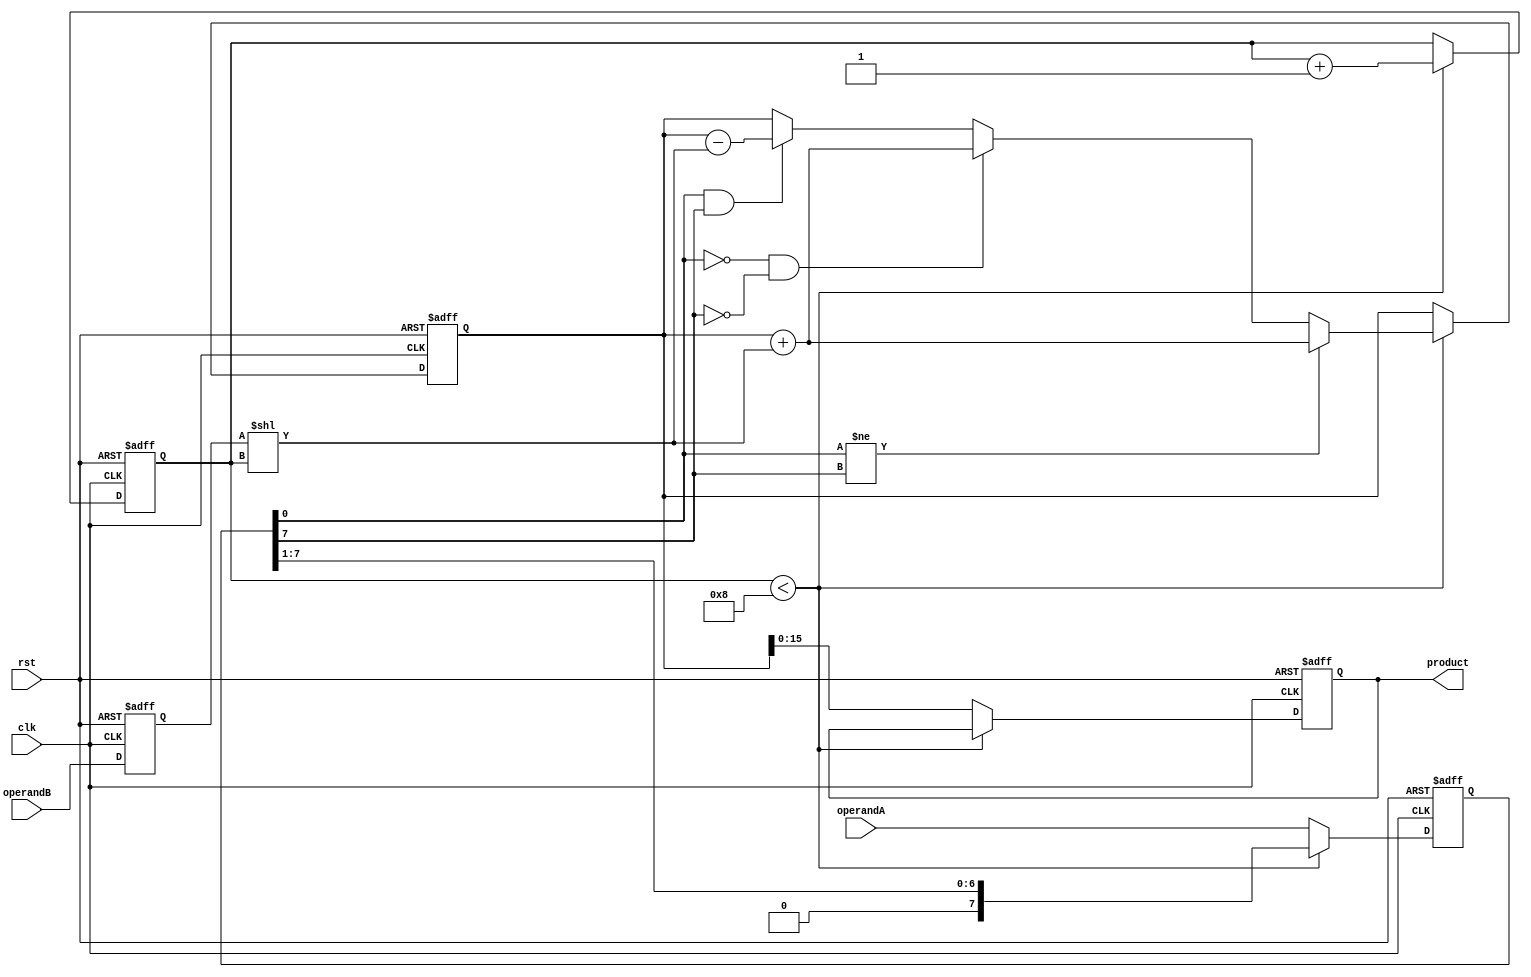
module booth_multiplier(
    input wire clk,
    input wire rst,
    input wire [7:0] operandA,
    input wire [7:0] operandB,
    output reg [15:0] product
);

reg [7:0] A;
reg [7:0] B;
reg [16:0] partial_product;
reg [4:0] count;

always @ (posedge clk or posedge rst) begin
    if (rst) begin
        A <= 0;
        B <= 0;
        count <= 0;
        partial_product <= 0;
        product <= 0;
    end else begin
        A <= operandA;
        B <= operandB;

        if (count < 8) begin
            if (A[0] == 0 && A[7] == 0) // check bits 0 and 7 of A
                partial_product <= partial_product + (B << count); // add B to partial product
            else if (A[0] == 1 && A[7] == 1)
                partial_product <= partial_product - (B << count); // subtract B from partial product

            if (A[0] != A[7]) 
                partial_product <= partial_product + (B << count); // add (B shifted) or subtract (B shifted) based on bit value

            A <= A >> 1; // right shift A
            count <= count + 1; // increment count
        end else begin
            product <= partial_product; // assign final product
        end
    end
end

endmodule